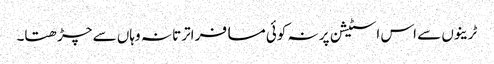
ٹرینوں سے اس اسٹیشن پر نہ کوئی مسافر اترتا نہ وہاں سے چڑھتا۔